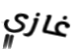
غازي